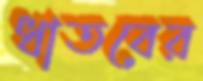
ধাতবের